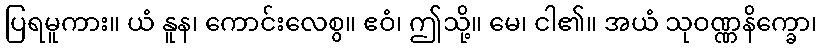
ပြရမူကား။ ယံ နူန၊ ကောင်းလေစွ။ ဧဝံ၊ ဤသို့။ မေ၊ ငါ၏။ အယံ သုဝဏ္ဏနိက္ခော၊